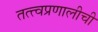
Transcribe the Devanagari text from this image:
तत्त्वप्रणालीची